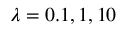
\lambda = 0 . 1 , 1 , 1 0